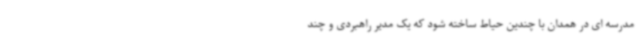
مدرسه ای در همدان با چندین حیاط ساخته شود که یک مدیر راهبردی و چند